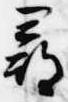
尋